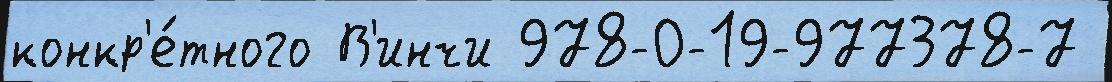
конкр'е́тного В'инчи 978-0-19-977378-7